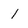
Character: I